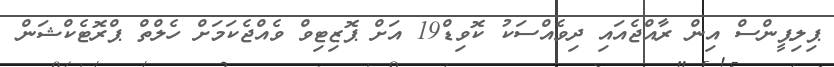
ޕިލިޕީންސް އިން ރާއްޖެއައި ދިވެއްސަކު ކޮވިޑް19 އަށް ޕޮޒިޓިވް ވެއްޖެކަމަށް ހެލްތް ޕްރޮޓެކްޝަން